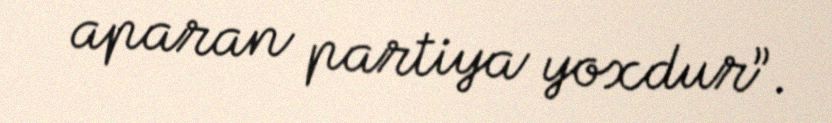
aparan partiya yoxdur”.